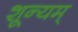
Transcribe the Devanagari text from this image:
शून्यम्